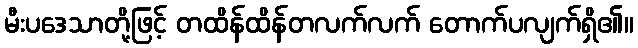
မီးပဒေသာတို့ဖြင့် တထိန်ထိန်တလက်လက် တောက်ပလျက်ရှိ၏။